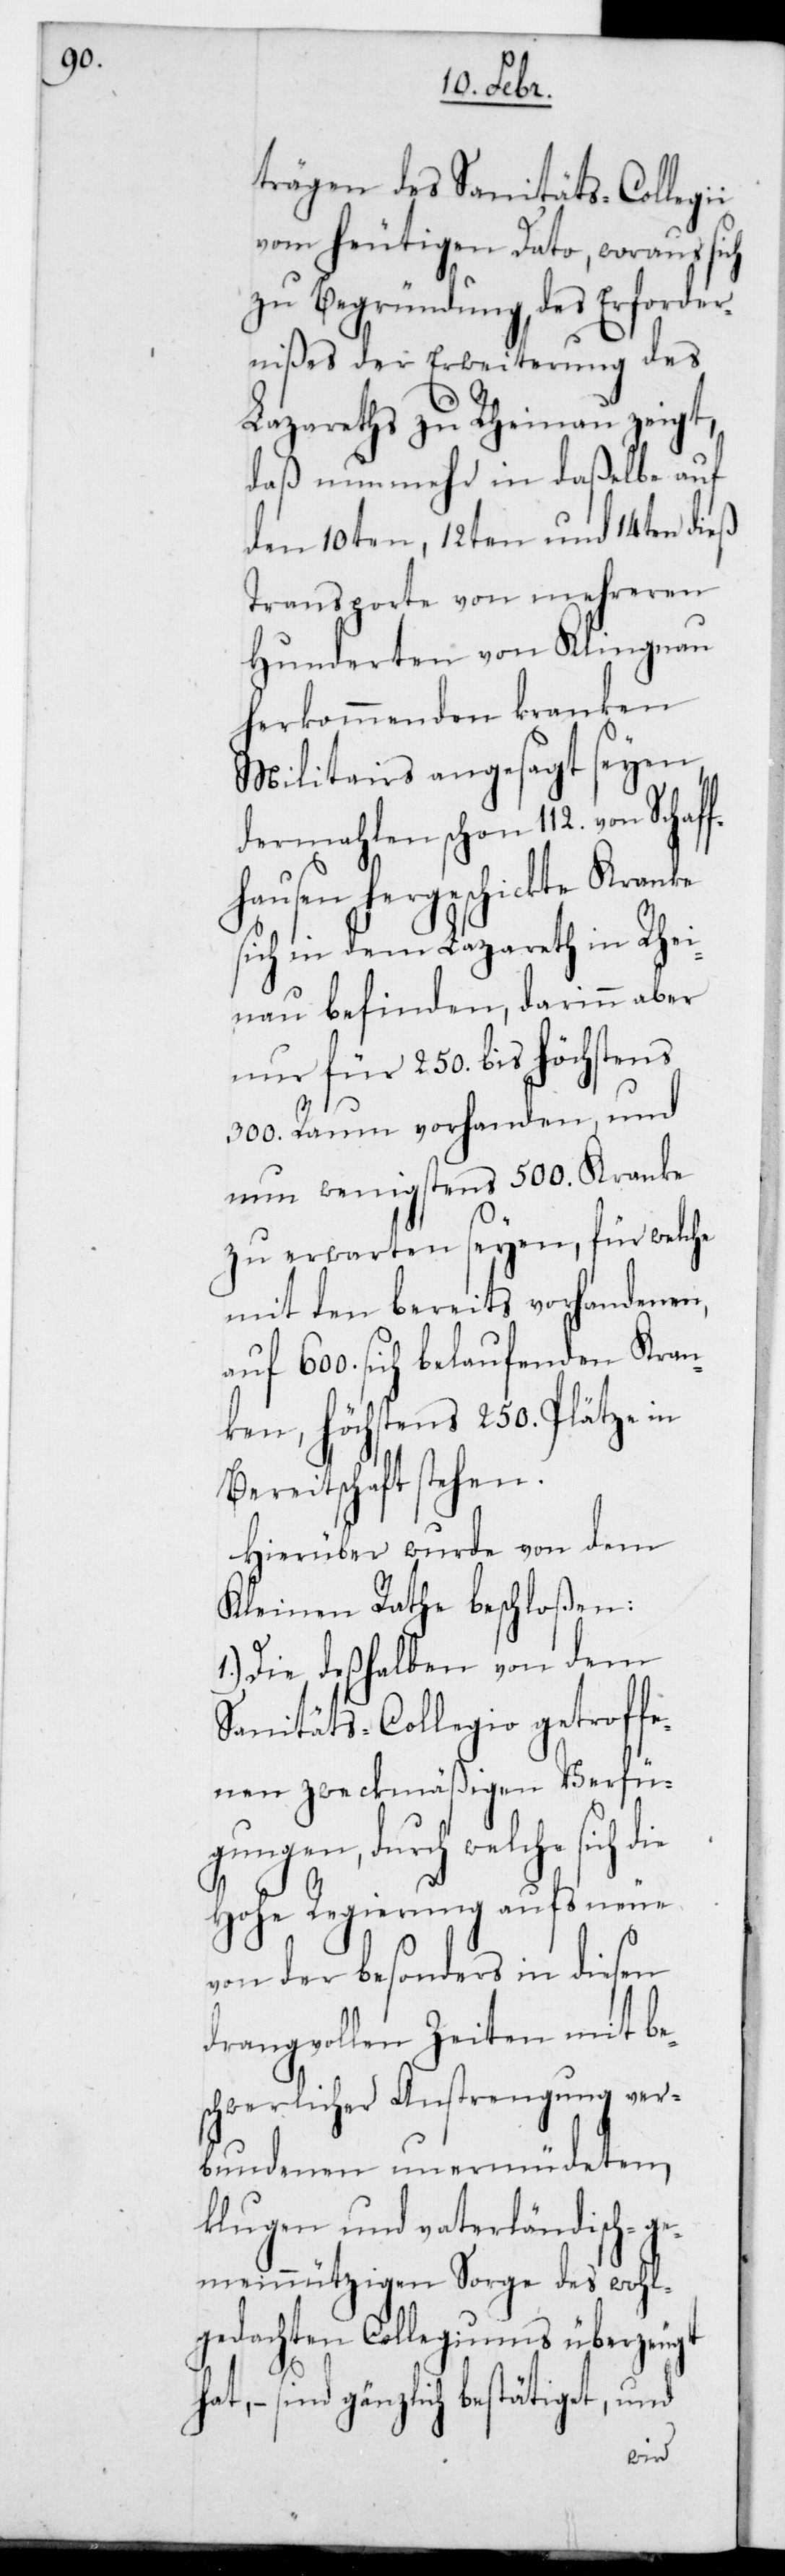
trägen des Sanitäts-Collegii
vom heutigen Dato, woraus sich
zu Begründung des Erforder¬
nißes der Erweiterung des
Lazareths zu Rheinau zeigt,
daß nunmehr in daßelbe auf
den 10ten, 12ten und 14ten dieß
Transporte von mehreren
Hunderten von Klingnau
herkommenden kranken
Militairs angesagt seyen,
dermahlen schon 112. von Schaf¬
fhausen hergeschickte Kranke
sich in dem Lazareth in Rhei¬
nau befinden, darin aber
nur für 250. bis höchstens
300. Raum vorhanden, und
nun wenigstens 500. Kranke
zu erwarten seyen, für welche
mit den bereits vorhandenen,
auf 600 sich belaufenden Kran¬
ken, höchstens 250. Plätze in
Bereitschaft stehen.
Hierüber wurde von dem
Kleinen Rathe beschloßen:
1.) Die deshalben von dem
Sanitäts-Collegio getroffe¬
nen zweckmäßigen Verfü¬
gungen, durch welche sich
Hohe Regierung aufs Neue
von der besonders in diesen
drangvollen Zeiten mit be¬
schwerlicher Anstrengung ver¬
bundenen unermüdeten
klugen und vaterländisch-ge¬
meinnützigen Sorge des wohl¬
gedachten Collegiums überzeugt
– sind gänzlich bestätiget, und